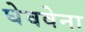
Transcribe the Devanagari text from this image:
घेववेना